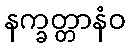
နက္ခတ္တာနံဝ